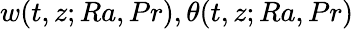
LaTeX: w(t,z;Ra,Pr),\theta(t,z;Ra,Pr)